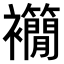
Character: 𧟉